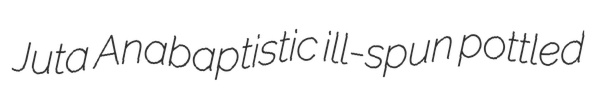
Juta Anabaptistic ill-spun pottled